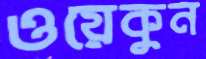
ওয়েকুন